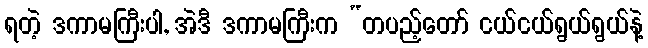
ရတဲ့ ဒကာမကြီးပါ, အဲဒီ ဒကာမကြီးက “တပည့်တော် ငယ်ငယ်ရွယ်ရွယ်နဲ့